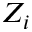
Z _ { i }